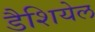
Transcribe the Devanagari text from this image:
डैशियेल